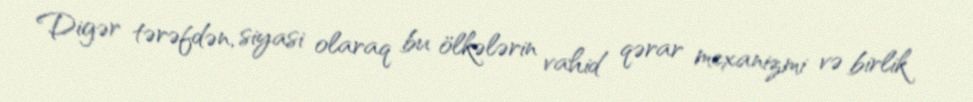
Digər tərəfdən, siyasi olaraq bu ölkələrin vahid qərar mexanizmi və birlik